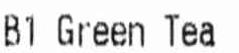
B1 GREEN TEA